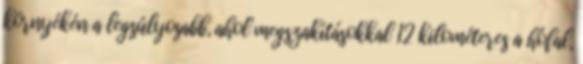
környékén a legsúlyosabb, ahol megszakításokkal 12 kilométeres a hófal,